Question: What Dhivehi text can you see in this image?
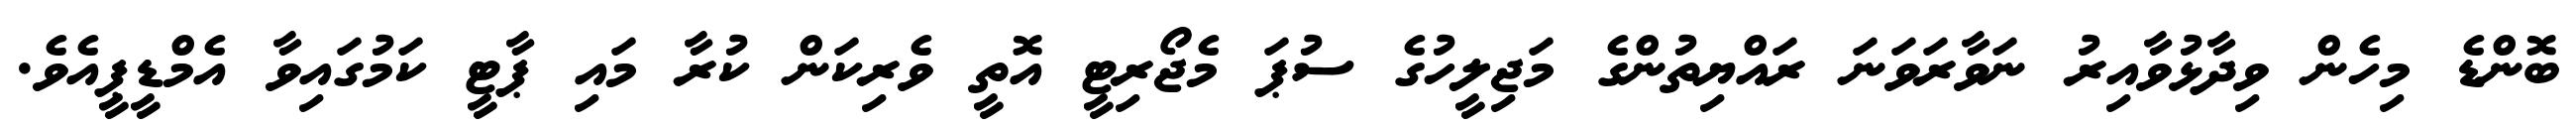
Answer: ބޮންޑެ މިހެން ވިދާޅުވާއިރު ނަވާރަވަނަ ރައްޔިތުންގެ މަޖިލީހުގެ ސުޕަ މެޖޯރިޓީ އޮތީ ވެރިކަން ކުރާ މައި ޕާޓީ ކަމުގައިވާ އެމްޑީޕީއެވެ.